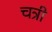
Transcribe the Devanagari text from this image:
चत्री